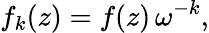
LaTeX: f_{k}(z)=f(z)\, \omega^{-k},